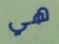
هي